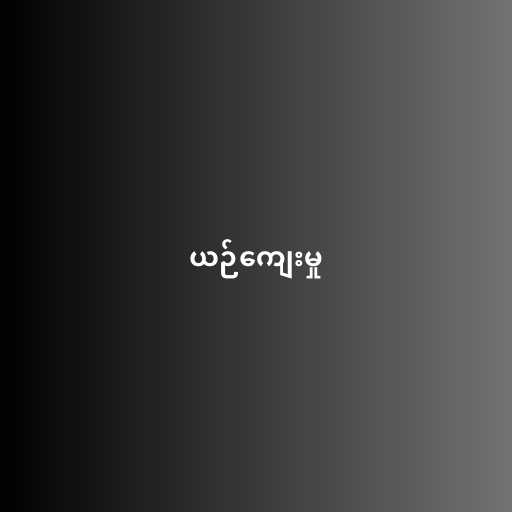
ယဉ်ကျေးမှု